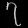
Digit: ၇